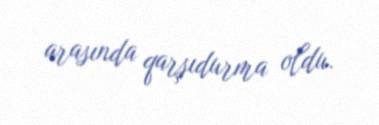
arasında qarşıdurma oldu.